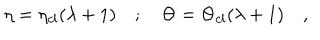
\eta = \eta _ { c l } ( \lambda + 1 ) \quad ; \quad \Theta = \Theta _ { c l } ( \lambda + 1 ) \quad ,